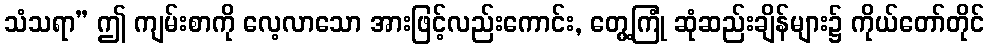
သံသရာ” ဤ ကျမ်းစာကို လေ့လာသော အားဖြင့်လည်းကောင်း, တွေ့ကြုံ ဆုံဆည်းချိန်များ၌ ကိုယ်တော်တိုင်